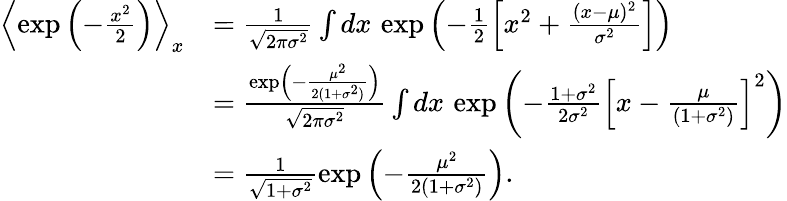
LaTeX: \begin{array}{rl}{\left\langle\exp\left(-\frac{x^{2}}{2}\right)\right\rangle_{x}}&{=\frac{1}{\sqrt{2\pi\sigma^{2}}}\int dx\, \exp\left(-\frac{1}{2}\left[x^{2}+\frac{(x-\mu)^{2}}{\sigma^{2}}\right]\right)}\\ &{=\frac{\exp\left(-\frac{\mu^{2}}{2(1+\sigma^{2})}\right)}{\sqrt{2\pi\sigma^{2}}}\int dx\, \exp\left(-\frac{1+\sigma^{2}}{2\sigma^{2}}\left[x-\frac{\mu}{(1+\sigma^{2})}\right]^{2}\right)}\\ &{=\frac{1}{\sqrt{1+\sigma^{2}}}\exp\left(-\frac{\mu^{2}}{2(1+\sigma^{2})}\right).}\end{array}